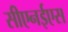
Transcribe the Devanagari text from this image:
सीएनईएस